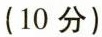
(10 分)